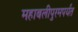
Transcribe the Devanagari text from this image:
महाबलीपुरमपर्यंत